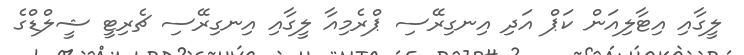
ލީގާއި އިޓާލިއަން ކަޕް އަދި އިނގިރޭސި ޕްރެމިއާ ލީގާއި އިނގިރޭސި ޗެރިޓީ ޝީލްޑްގެ